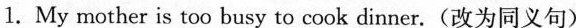
1.My mother is too busy to cook dinner.(改为同义句)